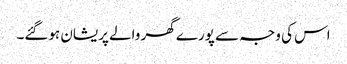
اس کی وجہ سے پورے گھر والے پریشان ہوگئے۔